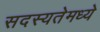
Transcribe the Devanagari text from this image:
सदस्यतेमध्ये